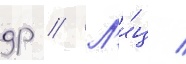
др // Л'и́ц /